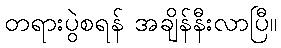
တရားပွဲစရန် အချိန်နီးလာပြီ။